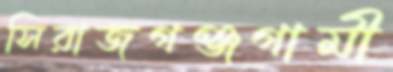
সিরাজগঞ্জগামী